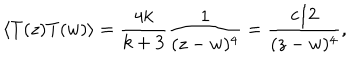
\langle T ( z ) T ( w ) \rangle = \frac { 4 k } { k + 3 } \frac { 1 } { ( z - w ) ^ { 4 } } = \frac { c / 2 } { ( z - w ) ^ { 4 } } ,